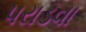
પરાડવા